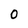
Character: 0